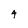
Character: 4